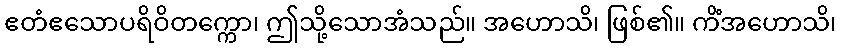
ဧတံဧသောပရိဝိတက္ကော၊ ဤသို့သောအံသည်။ အဟောသိ၊ ဖြစ်၏။ ကိံအဟောသိ၊